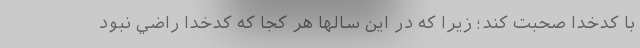
با كدخدا صحبت كند؛ زيرا كه در اين سالها هر كجا كه كدخدا راضي نبود